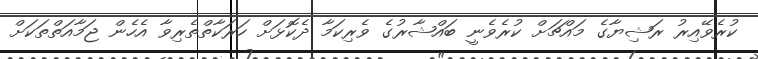
ކުރެވޭއިރު ރަޝިޔާގެ މައްޗަށް ކުރެވެނީ ބައްޝާރުގެ ވެރިކަމާ ދެކޮޅަށް ހަރަކާތްތެރިވާ އެހެން ޖަމާއަތްތަކަށް